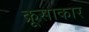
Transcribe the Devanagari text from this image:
क्रूसाकार